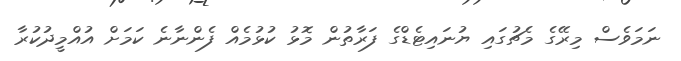
ނަމަވެސް މިރޭގެ މެޗުގައި ޔުނައިޓެޑްގެ ފަރާތުން މޮޅު ކުޅުމެއް ފެންނާނެ ކަމަށް އުއްމީދުކުރާ